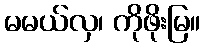
မမယ်လှ၊ ကိုဖိုးမြ။